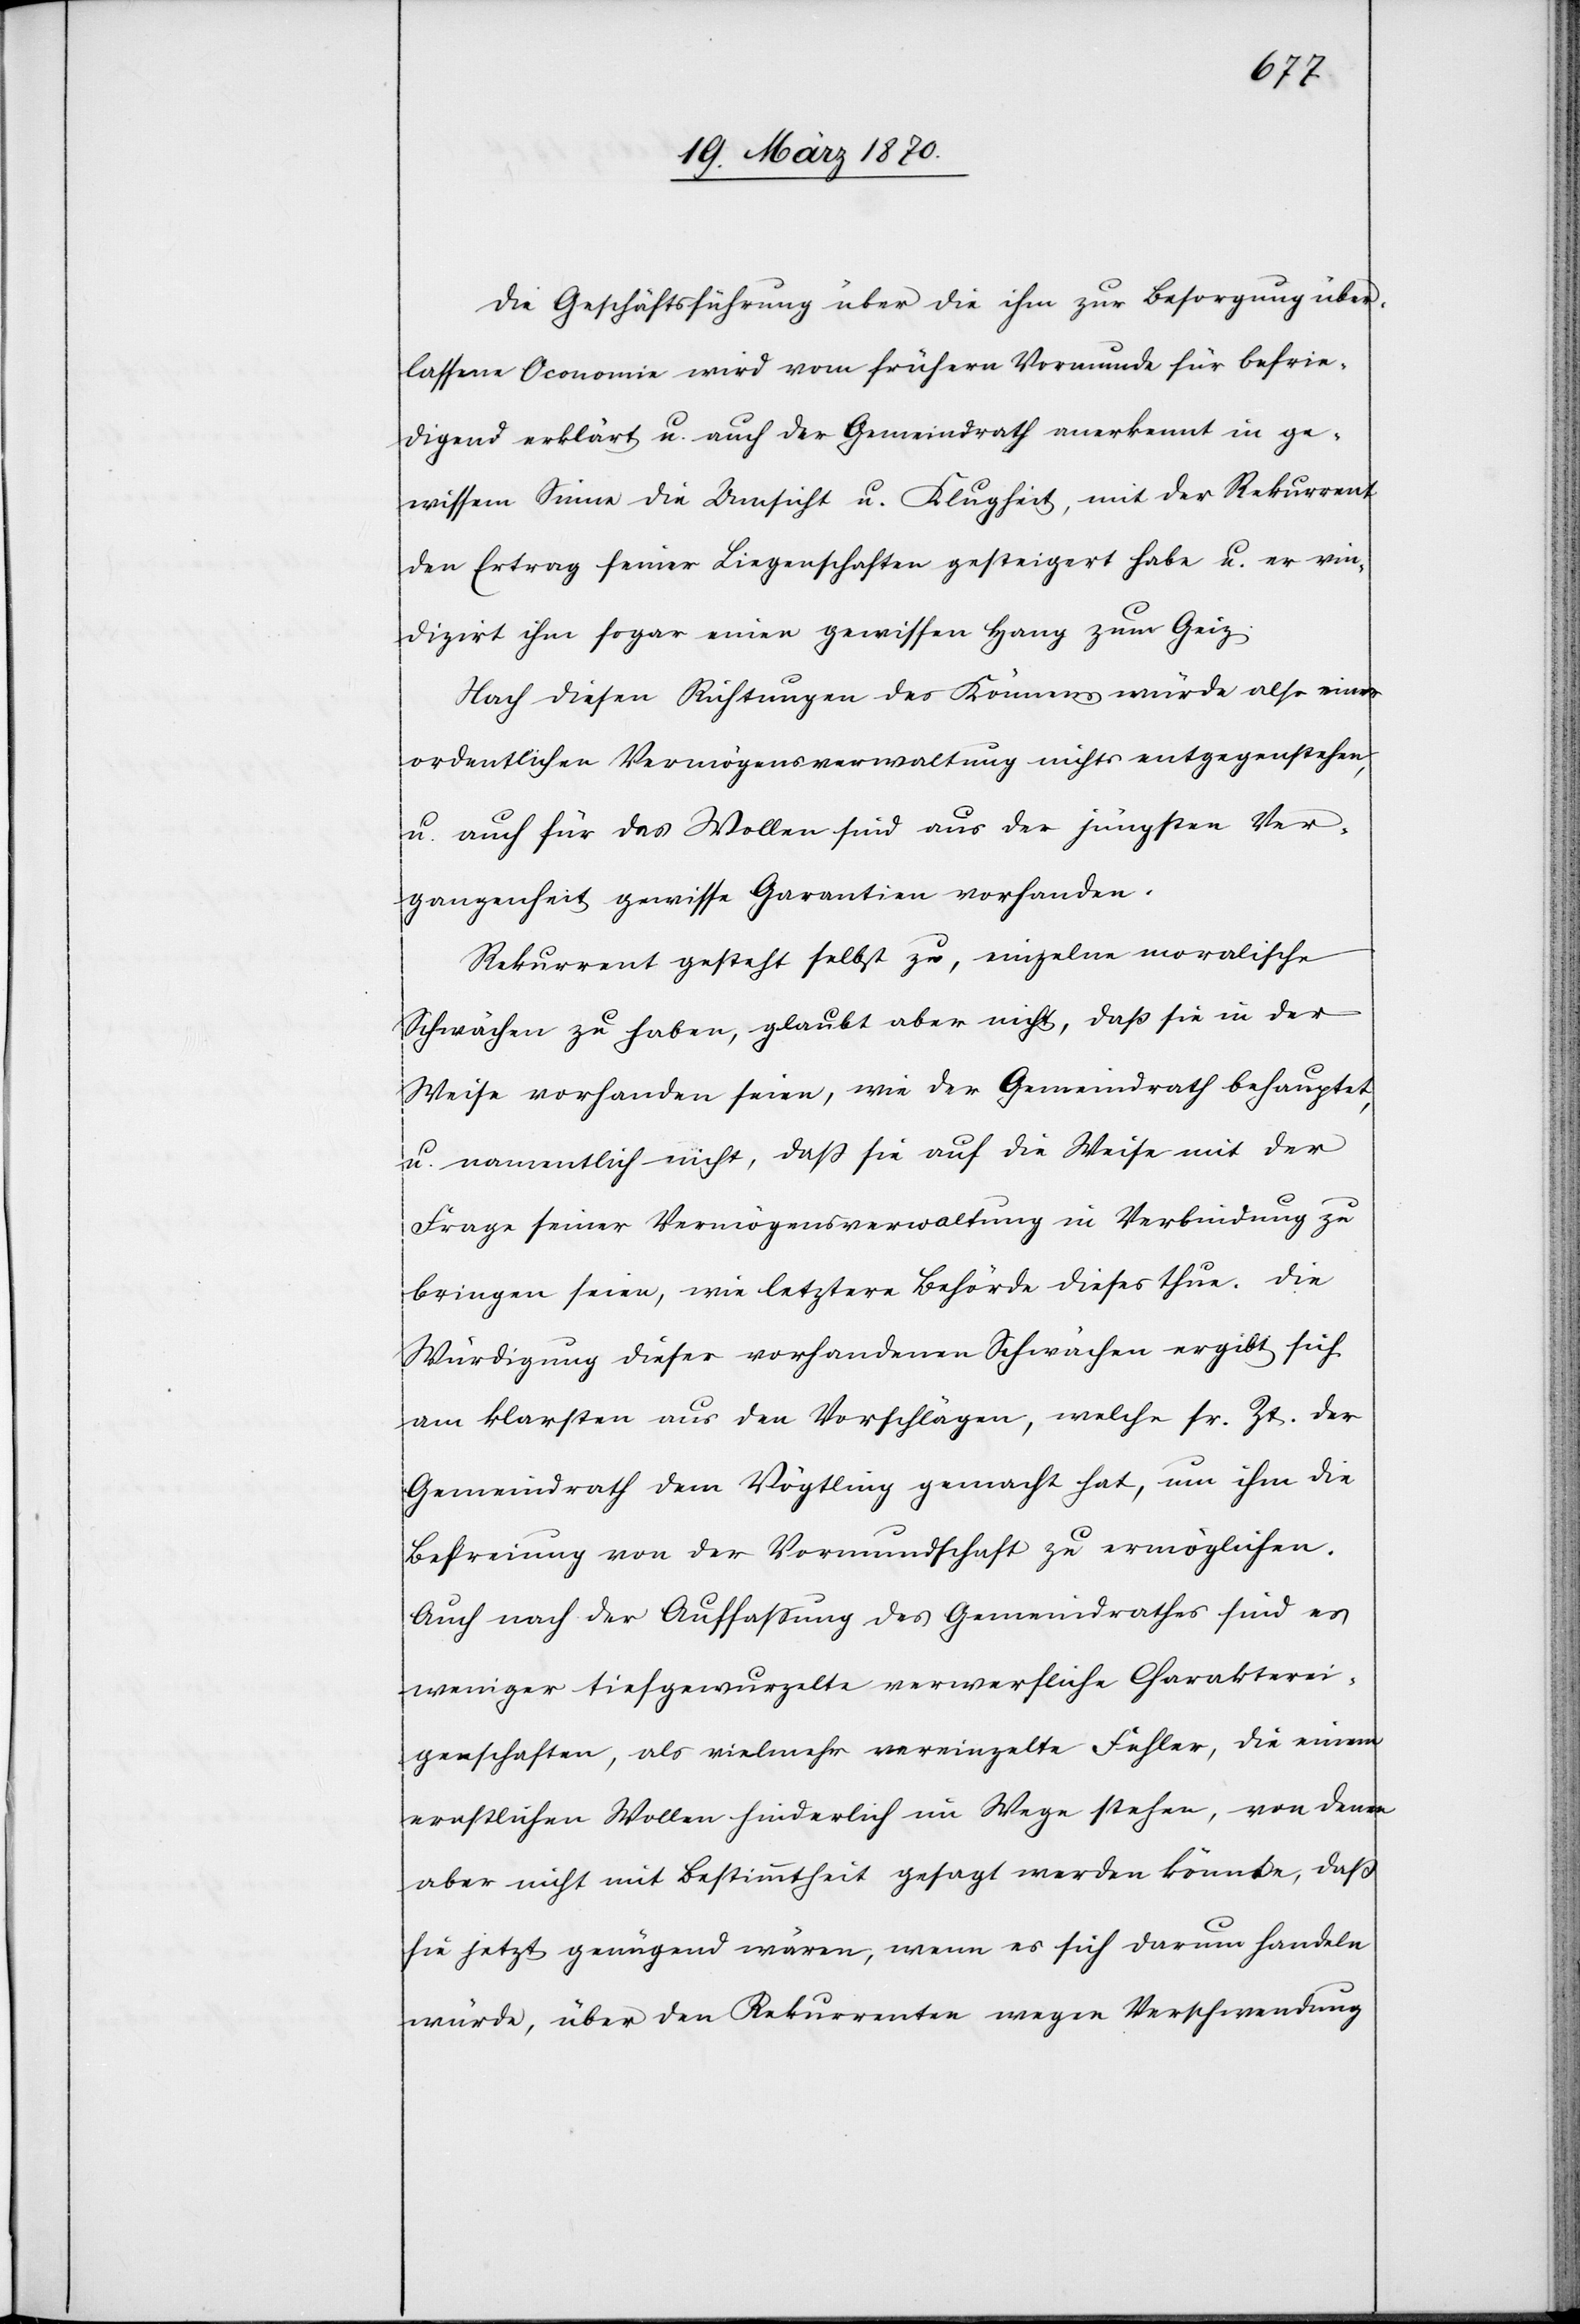
Die Geschäftsführung über die ihm zur Besorgung über¬
lassene Oconomie [sic!] wird vom frühern Vormunde für befrie¬
digend erklärt u. auch der Gemeindrath anerkennt in ge¬
wissem Sinne die Umsicht u. Klugheit, mit der Rekurrent
den Ertrag seiner Liegenschaften gesteigert habe u. er vin¬
dizirt ihm sogar einen gewissen Hang zum Geiz.
Nach diesen Richtungen des Könnens würde also einer
ordentlichen Vermögensverwaltung nichts entgegenstehen,
u. auch für das Wollen sind aus der jüngsten Ver¬
gangenheit gewisse Garantien vorhanden.
Rekurrent gesteht selbst zu, einzelne moralische
Schwächen zu haben, glaubt aber nicht, daß sie in der
Weise vorhanden seien, wie der Gemeindrath behauptet,
u. namentlich nicht, daß sie auf die Weise mit der
Frage seiner Vermögensverwaltung in Verbindung zu
bringen seien, wie letztere Behörde dieses thue. Die
Würdigung dieser vorhandenen Schwächen ergibt sich
am klarsten aus den Vorschlägen, welche sr. Zt. der
Gemeindrath dem Vögtling gemacht hat, um ihm die
Befreiung von der Vormundschaft zu ermöglichen.
Auch nach der Auffassung des Gemeindrathes sind es
weniger tiefgewurzelte verwerfliche Charakterei¬
genschaften, als vielmehr vereinzelte Fehler, die einem
ernstlichen Wollen hinderlich im Wege stehen, von denen
aber nicht mit Bestimmtheit gesagt werden könnte, daß
sie jetzt genügend wären, wenn es sich darum handeln
würde, über den Rekurrenten wegen Verschwendung